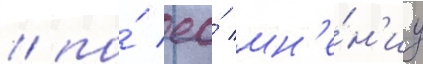
/ по́ ео́ мн'е́н'иу